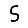
Digit: 5